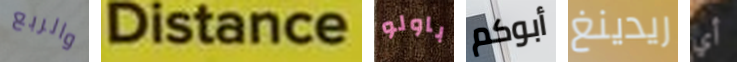
والربع Distance باولو أبوكم ريدينغ أي